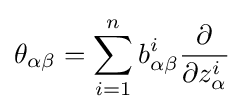
\theta _{\alpha \beta }=\sum _{i=1}^{n}b_{\alpha \beta }^{i}{\frac {\partial }{\partial z_{\alpha }^{i}}}